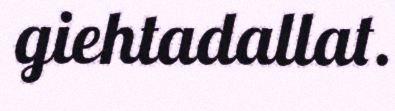
giehtadallat.